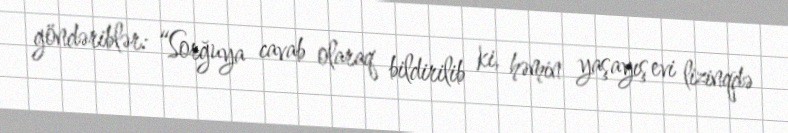
göndəriblər: “Sorğuya cavab olaraq bildirilib ki, həmin yaşayış evi lizinqdə